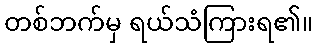
တစ်ဘက်မှ ရယ်သံကြားရ၏။